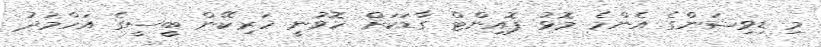
މި ޑިވިޝަންގެ އެންމެ މޮޅު ޕޮއިންޓް ގާޑަކަށް ހޮވުނީ ހަރިކޭން ބީސީގެ އަހްމަދު